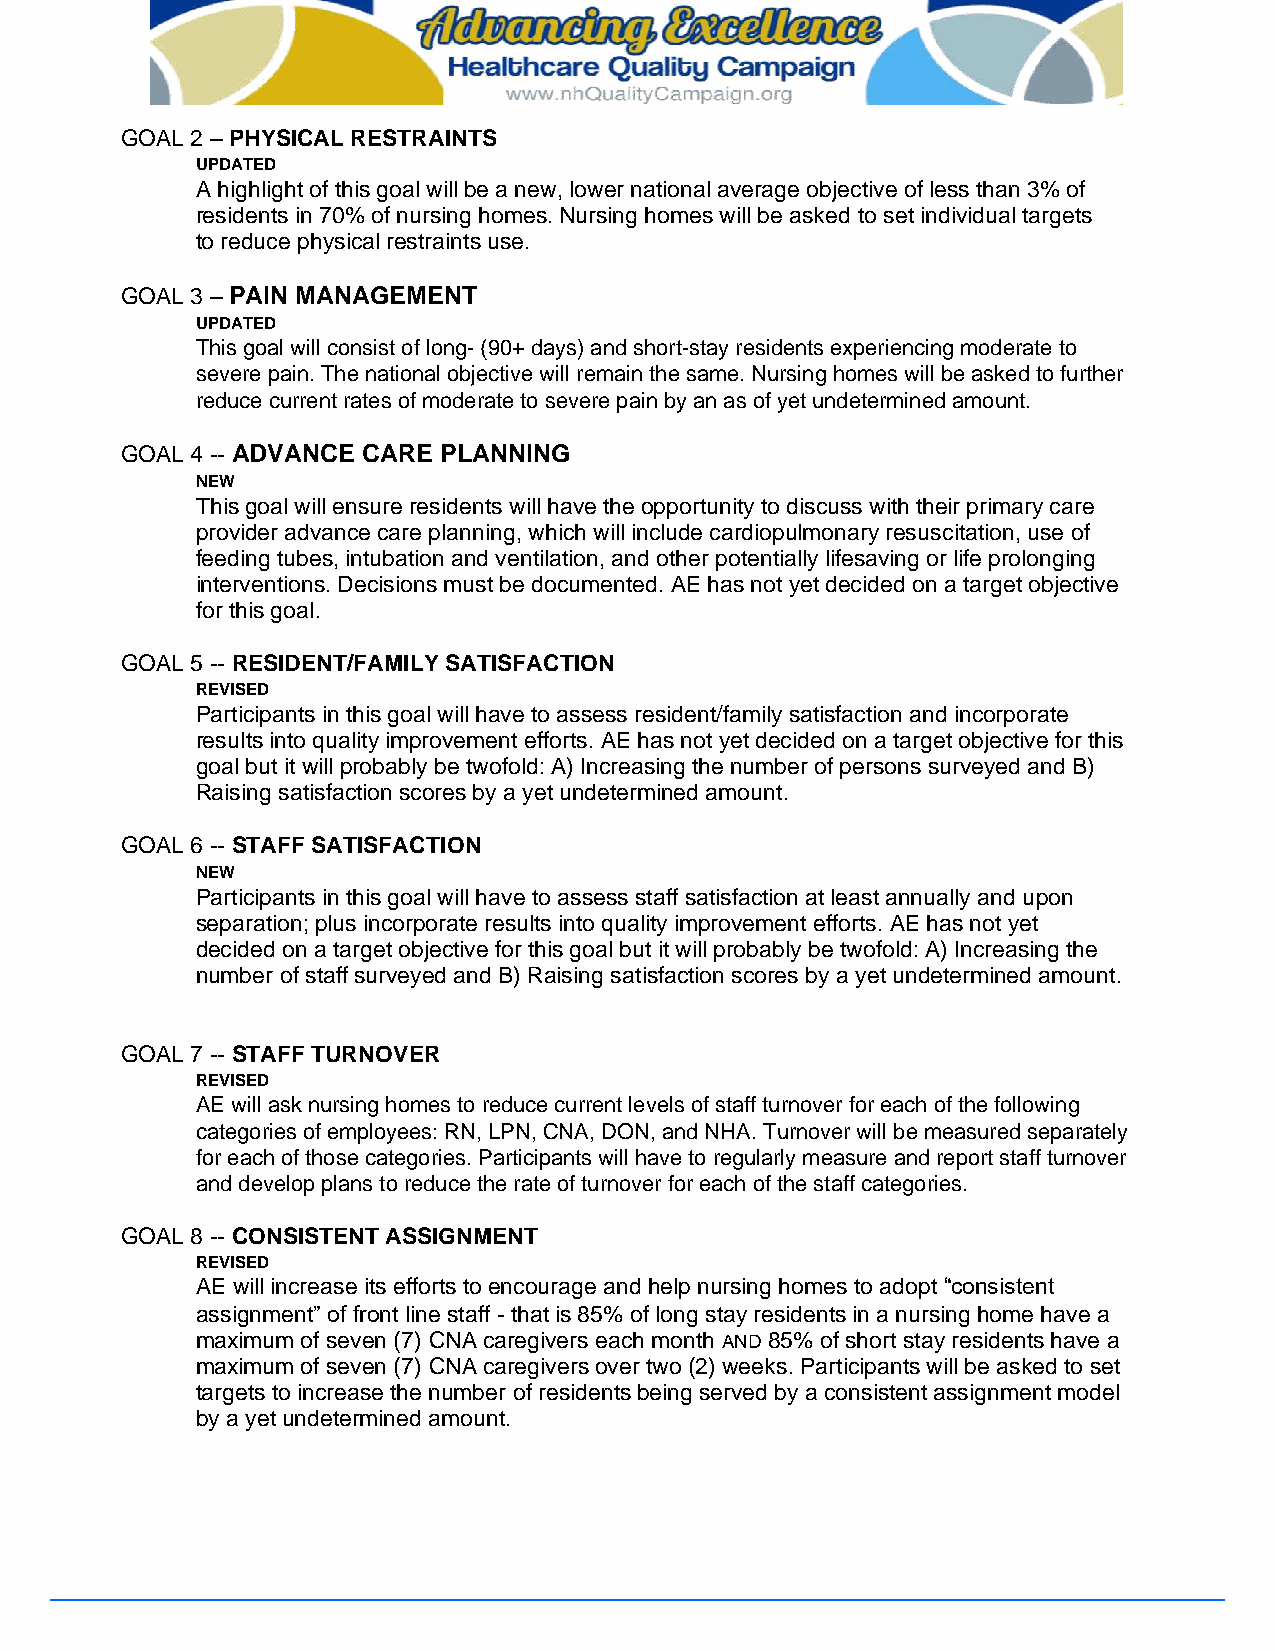
GOAL 2 – PHYSICAL RESTRAINTS
 UPDATED
 A highlight of this goal will be a new, lower national average objective of less than 3% of
 residents in 70% of nursing homes. Nursing homes will be asked to set individual targets
 to reduce physical restraints use.
 GOAL 3 – PAIN MANAGEMENT
 UPDATED
 This goal will consist of long- (90+ days) and short-stay residents experiencing moderate to
 severe pain. The national objective will remain the same. Nursing homes will be asked to further
 reduce current rates of moderate to severe pain by an as of yet undetermined amount.
 GOAL 4 -- ADVANCE CARE PLANNING
 NEW
 This goal will ensure residents will have the opportunity to discuss with their primary care
 provider advance care planning, which will include cardiopulmonary resuscitation, use of
 feeding tubes, intubation and ventilation, and other potentially lifesaving or life prolonging
 interventions. Decisions must be documented. AE has not yet decided on a target objective
 for this goal.
 GOAL 5 -- RESIDENT/FAMILY SATISFACTION
 REVISED
 Participants in this goal will have to assess resident/family satisfaction and incorporate
 results into quality improvement efforts. AE has not yet decided on a target objective for this
 goal but it will probably be twofold: A) Increasing the number of persons surveyed and B)
 Raising satisfaction scores by a yet undetermined amount.
 GOAL 6 -- STAFF SATISFACTION
 NEW
 Participants in this goal will have to assess staff satisfaction at least annually and upon
 separation; plus incorporate results into quality improvement efforts. AE has not yet
 decided on a target objective for this goal but it will probably be twofold: A) Increasing the
 number of staff surveyed and B) Raising satisfaction scores by a yet undetermined amount.
 GOAL 7 -- STAFF TURNOVER
 REVISED
 AE will ask nursing homes to reduce current levels of staff turnover for each of the following
 categories of employees: RN, LPN, CNA, DON, and NHA. Turnover will be measured separately
 for each of those categories. Participants will have to regularly measure and report staff turnover
 and develop plans to reduce the rate of turnover for each of the staff categories.
 GOAL 8 -- CONSISTENT ASSIGNMENT
 REVISED
 AE will increase its efforts to encourage and help nursing homes to adopt “consistent
 assignment” of front line staff - that is 85% of long stay residents in a nursing home have a
 maximum of seven (7) CNA caregivers each month AND 85% of short stay residents have a
 maximum of seven (7) CNA caregivers over two (2) weeks. Participants will be asked to set
 targets to increase the number of residents being served by a consistent assignment model
 by a yet undetermined amount.